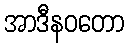
အာဒီနဝတော